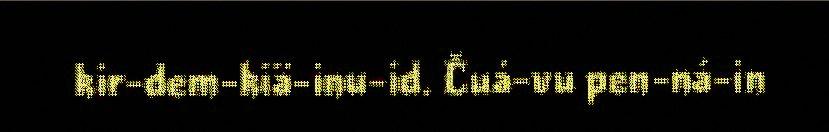
kir-dem-kiä-inu-id. Čuá-vu pen-ná-in